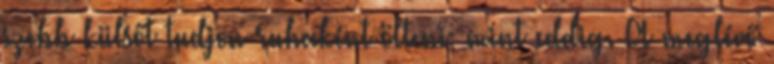
szebb külsőt tudjon ruhaként ölteni, mint eddig. A meglévő